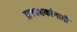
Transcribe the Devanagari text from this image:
प्रकाशकांनाही